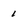
Character: 1